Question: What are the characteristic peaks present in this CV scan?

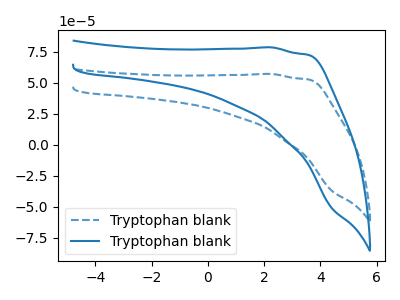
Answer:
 <answer>The blue dashed curve "Tryptophan blank1" has no peaks. The blue curve "Tryptophan blank2" has no peaks.</answer>
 <eval></eval>